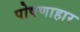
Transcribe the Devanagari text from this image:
पोषणाहार